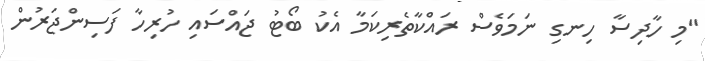
"މި ހާދިސާ ހިނގި ނަމަވެސް ރައްކާތެރިކަމާ އެކު ބޯޓު ޖައްސައި ހުރިހާ ފަސިންޖަރުން